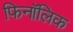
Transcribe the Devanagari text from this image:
फिनॉलिक